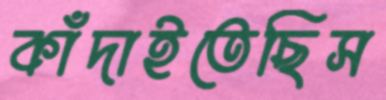
কাঁদাইতেছিস